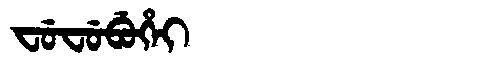
Manchu: ᠸᡠᠸᡠᠪᡠᡥᡝᡳ
Romanization: FUFUBUHEI